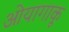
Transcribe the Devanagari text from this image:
ओयागाकू